system: You are a helpful assistant.
user:
Analyze the provided spectrum to determine if it is a **M-type Giant (gM)**.

A M-type Giant spectrum is defined by its **strong molecular absorption** features, particularly from **Titanium Oxide (TiO)**. You must check for one of the following mutually exclusive signatures:

- **Key Visual Indicators (Absorption-Dominated Spectrum):**

    - **(Primary):** The spectrum is dominated by strong molecular absorption from **Titanium Oxide (TiO)**. This is the **defining feature** of its M-type temperature class.
        - **(Key Bandheads):** Look for sharp, "saw-tooth" absorption valleys. The strongest are located near **~7050 Å**, **~6160 Å**, and **~5170 Å**.
        - **(Line Profile):** The "saw-tooth" morphology is critical: a **sharp, steep drop on the BLUE (short-wavelength) side** of the bandhead, followed by a gradual recovery (rising flux) towards the RED (long-wavelength) side.

    - **(Key Confirmation - Giant vs. Dwarf):** **ABSENCE** of strong **Calcium Hydride (CaH)** molecular bands. This is the primary diagnostic for *excluding* M-dwarfs.
        - **(Key Region):** The spectrum should lack the strong, broad absorption band seen in dwarfs between **~6800 Å and ~7000 Å**.

    - **(Secondary Confirmation - Giant):** A very strong and broad **Neutral Calcium (Ca I)** atomic absorption line.
        - **(Key Line):** Located at **~4226 Å**. In a giant (gM), this line is significantly deeper and broader than the same line in an M-dwarf (dM) due to low surface gravity.

    - **(Overall Spectrum):**
        - The continuum is **extremely red-sloping** (i.e., flux is very low in the blue and rises dramatically towards the red).
        - The entire spectrum appears "chopped up" by the deep TiO bands.

Think first, call **spectral_visualization_tool** if needed to examine features in detail, then provide your final answer. Your response must adhere to the following strict rules:
1.  **Overall Structure:** Your response must follow the format `<think>...</think> <tool_call>...</tool_call> (if a tool is used) <answer>...</answer>`.
2.  **Tool Usage Constraint:** You may only make **one** tool call per turn.
3.  **Final Answer Format:** In the `<answer>` tag, your conclusion must be inside a `\boxed{}` command (e.g., `\boxed{YES}` or `\boxed{NO}`), followed by your justification.

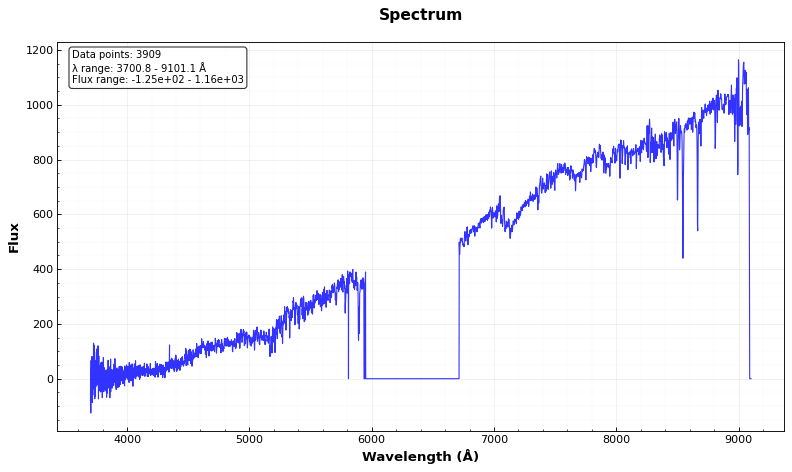
Answer: YES